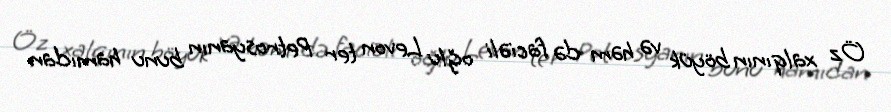
Öz xalqının böyük və həm də faciəli oğlu Levon ter Petrosyanın bunu hamıdan